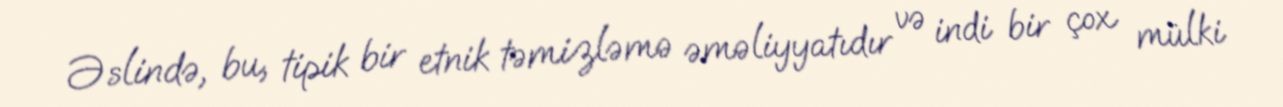
Əslində, bu, tipik bir etnik təmizləmə əməliyyatıdır və indi bir çox mülki